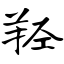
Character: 羟